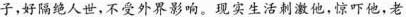
子，好隔绝人世，不受外界影响。现实生活刺激他，惊吓他，老